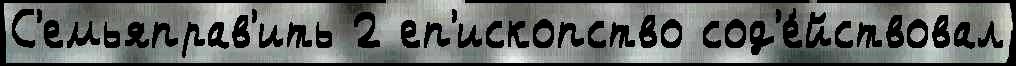
С'емьяправ'ить 2 еп'ископство сод'е́йствовал